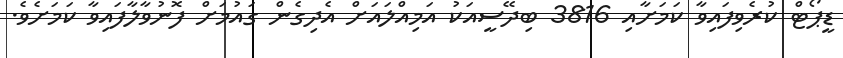
ޑީޕޯޓް ކުރެވިފައިވާ ކަމަށާއި 3816 ބިދޭސީއަކު އަމިއްލައަށް އެދިގެން ގައުމަށް ފޮނުވާލާފައިވާ ކަމަށެވެ.